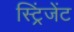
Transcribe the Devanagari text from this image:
स्ट्रिंजेंट